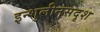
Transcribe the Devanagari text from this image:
इन्शुलीनसदृश